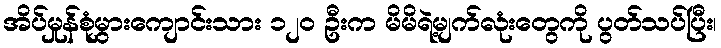
အိပ်မှုန်စုံမွှားကျောင်းသား ၁၂၀ ဦးက မိမိရဲ့မျက်လုံးတွေကို ပွတ်သပ်ပြီး၊